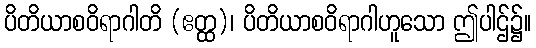
ပိတိယာစဝိရာဂါတိ (ဧတ္ထ)၊ ပိတိယာစဝိရာဂါဟူသော ဤပါဌ်၌။